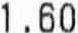
1.60